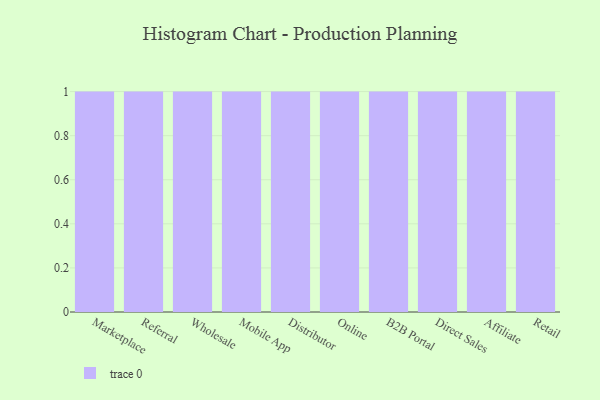
{"axis": {"x": "Channel", "y": "Latency (ms)"}, "legend": [""], "data": [{"x": "Marketplace", "y": 48, "type": ""}, {"x": "Referral", "y": 67, "type": ""}, {"x": "Wholesale", "y": 68, "type": ""}, {"x": "Mobile App", "y": 79, "type": ""}, {"x": "Distributor", "y": 7, "type": ""}, {"x": "Online", "y": 39, "type": ""}, {"x": "B2B Portal", "y": 41, "type": ""}, {"x": "Direct Sales", "y": 39, "type": ""}, {"x": "Affiliate", "y": 9, "type": ""}, {"x": "Retail", "y": 80, "type": ""}]}